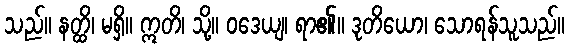
သည်။ နတ္ထိ၊ မရှိ။ ဣတိ၊ သို့။ ဝဒေယျ၊ ရာ၏။ ဒုတိယော၊ သောရန်သူသည်။